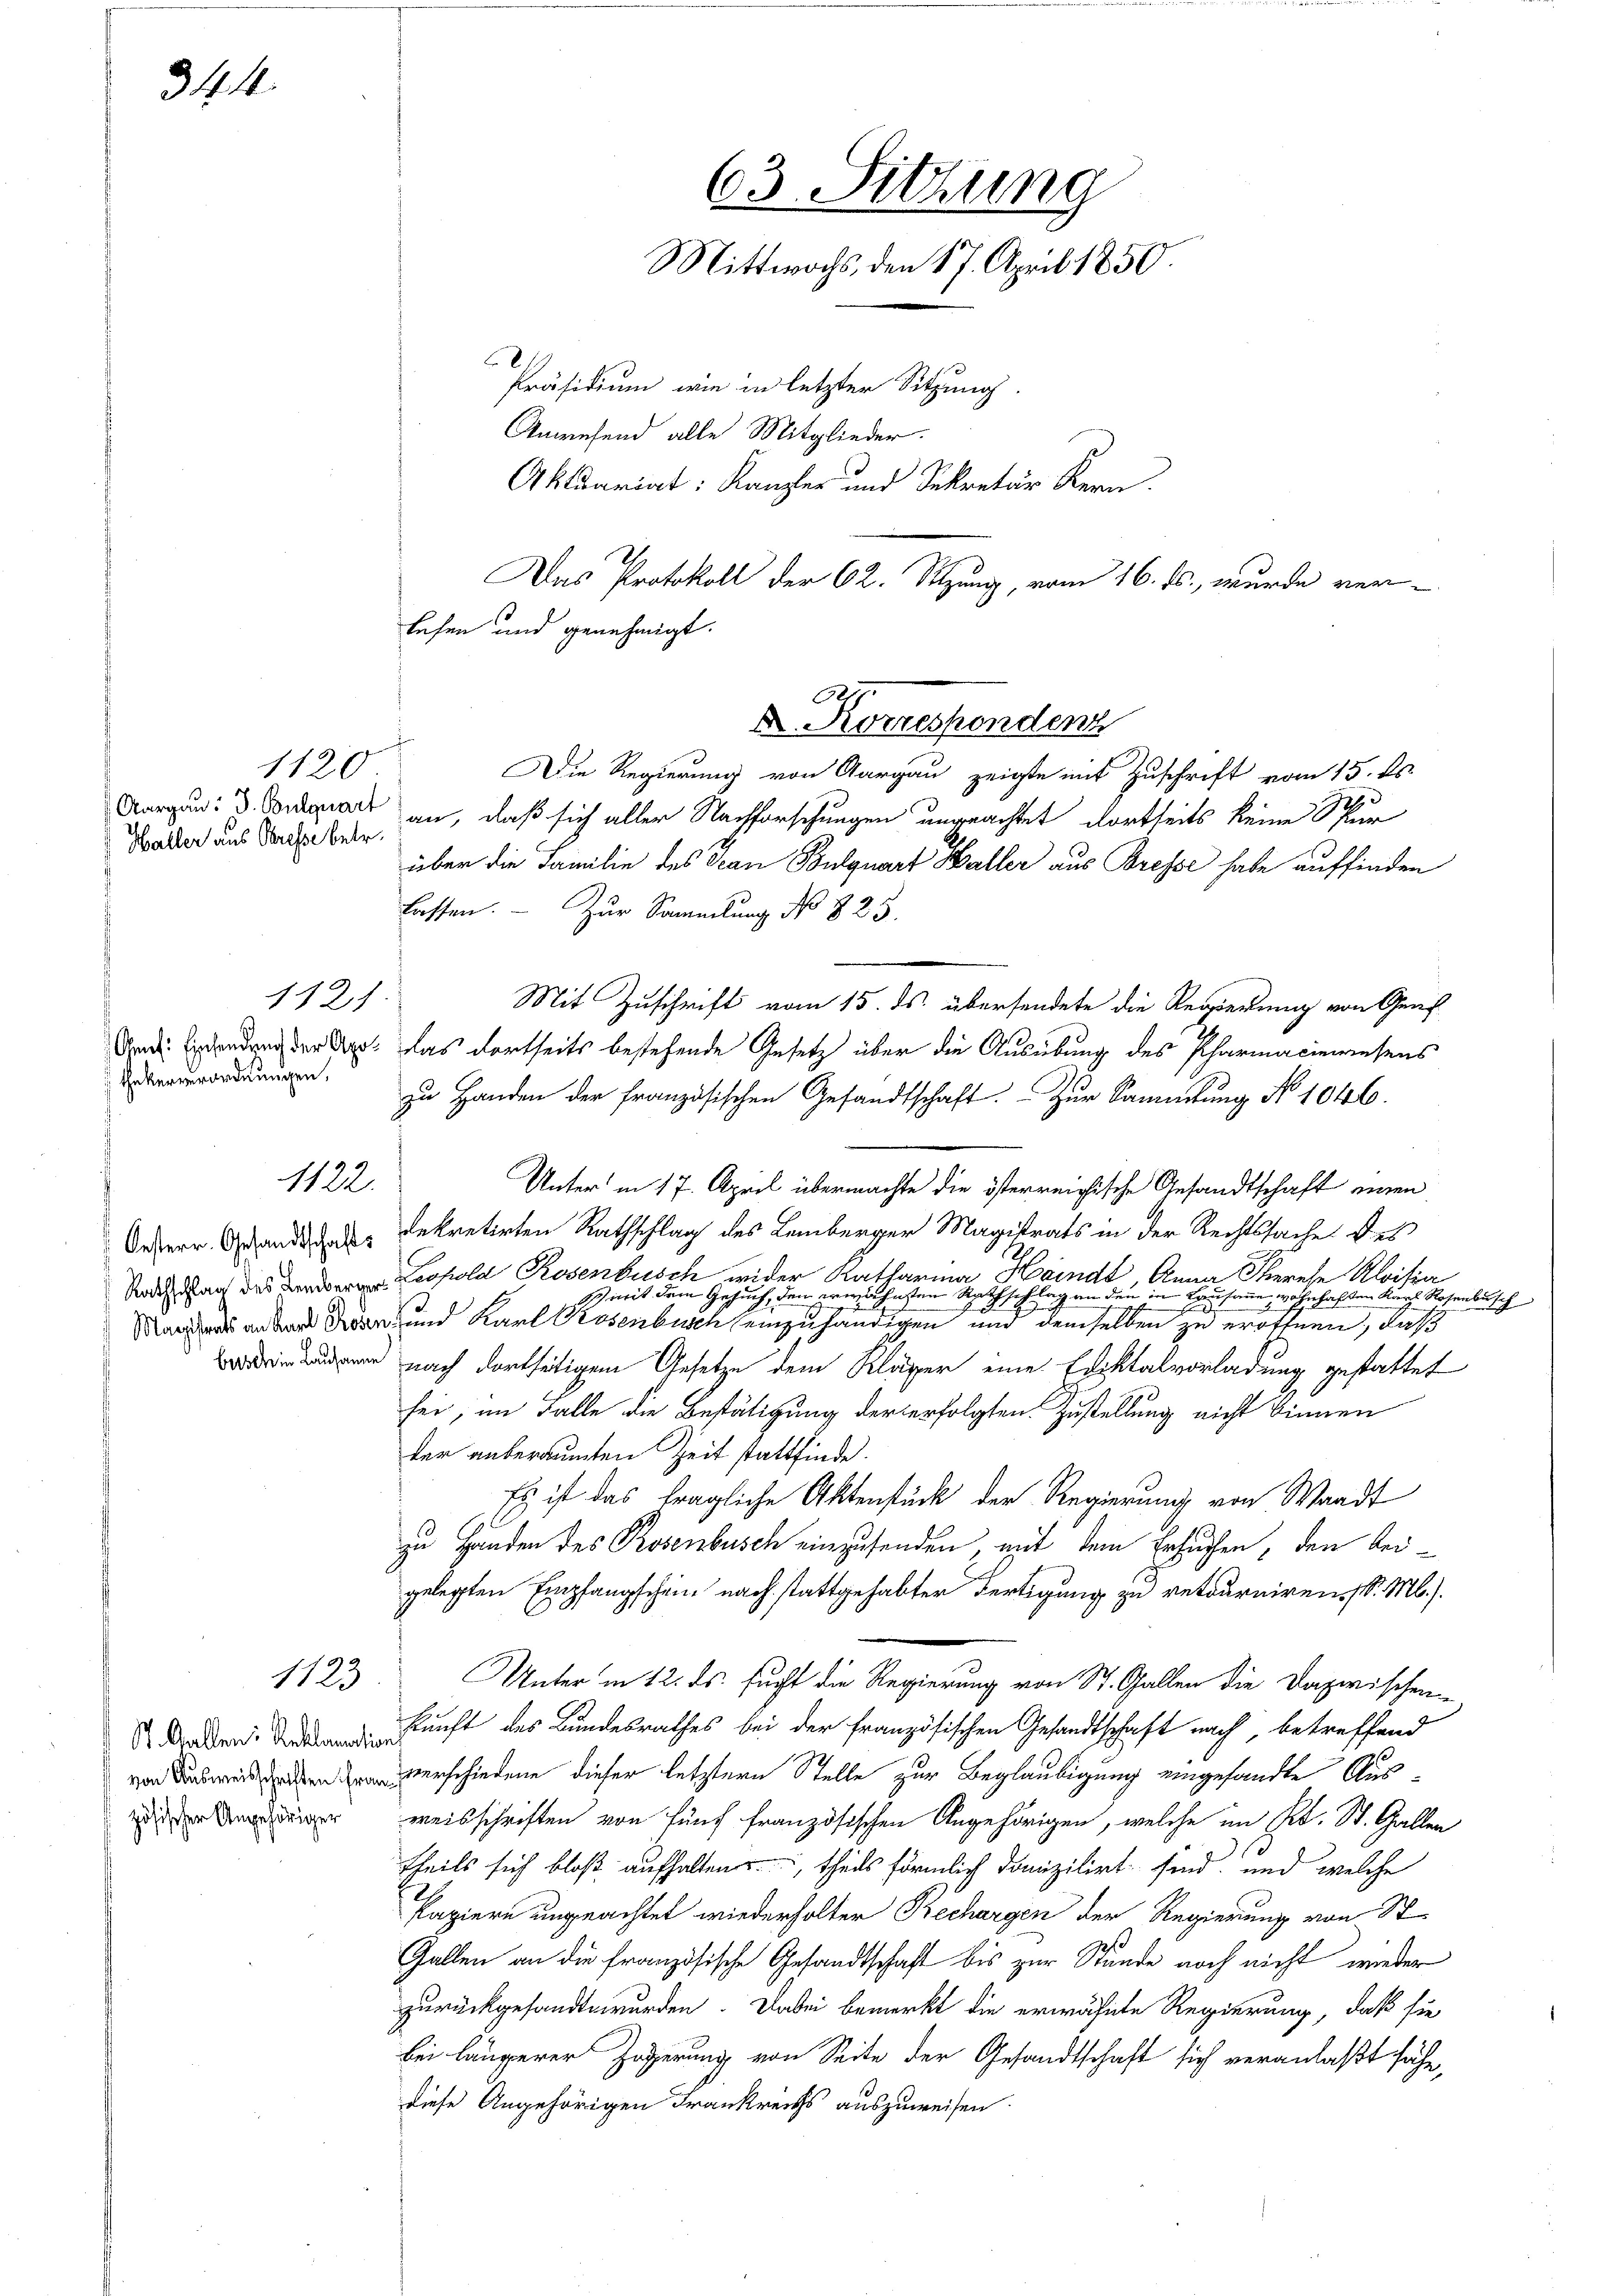
¬

344.

1120
Haller aus Bresse betr.

1121
hekerverordnungen.

1122.

zösischer Angehöriger

1123

Die Regierung von Aargau zeigte mit Zuschrift vom 15. ds.
Morgen gar an, daß sich aller Nachforschungen ungeachtet, dortseits keine Spur
über die Familie des Ocan Bulquart Haller aus Bresse habe auffinden
lassen. — Zur Sammlung No 823.
Mit Zuschrift vom 15. ds. übersendete die Regierung von Genf
d: Einsendung der App. Das dortheits bestehende Gesetz über die Ausübung des Pharmaciewiesens
zu Handen der französischen Gesandtschaft. Zur Sammlung No 1046.
Unter in 17. April übermachte die österreichische Gesandtschaft einen
Orherr Gesandte Rekretirten Rathschlag des Lemberger Magistrats in der Rechtssache des
S  Leopold Rosenbusch wider Katharina Hainde Anna Serese Aloitia
Zweit dem Gesuch, den erwähnten Rathschlag an den
 kammen, wohnhaften Karl Rosenbusch
 e dann und Karl Rosenbusch einzuhändigen und demselben zu eröffnen, daß
 nach dortseitigem Gesetze dem Kläger eine Ediktalvorladung gestattet
sei, im Falle die Bestätigung der erfolgten Zustellung nicht binnen
ker unberaumten Zeit stattfinde.
Es ist das fragliche Aktenstück der Regierung von Waadt
zu Händen des Prosenbusch einzusenden, mit dem Ersuchen, den beigelegten Empfangschein nach stattgehabter Fertigung zu retourniren. (S. M.).
Unter in 12. ds. sucht die Regierung von St. Gallen die Dazwischene
kunft des Bundesrathes bei der französischen Gesandtschaft nach, betreffend
everschiedene dieser letztern Stelle zur Beglaubigung eingesandte Ausweisschriften von fünf französischen Angehörigen, welche im Kt. St. Gallen
theils sich bloß aufhalten, theils förmlich domizilirt sind, und welche
Papiere ungeachtet wiederholter Bechargen der Regierung von St
Gallen an die französische Gesandtschaft bis zur Stunde noch nicht wieder
zurückgesandte wurden. Dabei bemerkt die erwähnte Regierung, daß sie
bei längerer Zögerung von Seite der Gesandtschaft sich veranlaßt sähe,
diese Angehörigen Frankreichs auszuweisen.

Das Protokoll der 62. Sitzung, vom 16. ds. wurde ver
lehen und genehmigt.
D. Korrespondenz

(3. Sitzung
Mittwochs, den 17. April 1850.
Präsidium, wie in letzter Sitzung.
Anwesend alle Mitglieder.
Aktuariat: Kanzler und Sekretär Kern